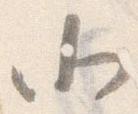
北